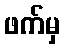
ဖက်မှ